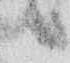
候